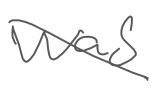
Text: was
Cross-out: diagonal
Writing tool: digital_gray